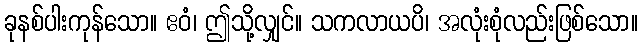
ခုနစ်ပါးကုန်သော။ ဧဝံ၊ ဤသို့လျှင်။ သကလာယပိ၊ အလုံးစုံလည်းဖြစ်သော။